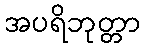
အပရိဘုတ္တာ